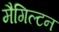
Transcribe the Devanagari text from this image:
मैगिल्टन